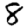
Digit: 8